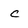
Character: c